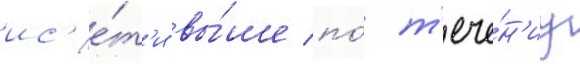
ис'е́т'и вы́ше по́ т'ече́н'иу